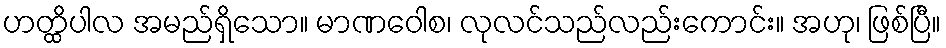
ဟတ္ထိပါလ အမည်ရှိသော။ မာဏဝေါစ၊ လုလင်သည်လည်းကောင်း။ အဟု၊ ဖြစ်ပြီ။